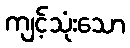
ကျင့်သုံးသော